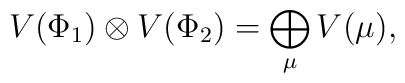
V(\Phi_1)\otimes V(\Phi_2)=\bigoplus_\mu V(\mu),